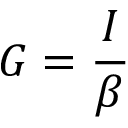
G = \frac { I } { \beta }